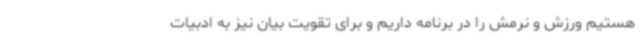
هستیم ورزش و نرمش را در برنامه داریم و برای تقویت بیان نیز به ادبیات